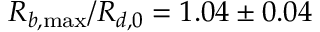
R _ { b , \operatorname* { m a x } } / R _ { d , 0 } = 1 . 0 4 \pm 0 . 0 4